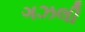
ગઝલી